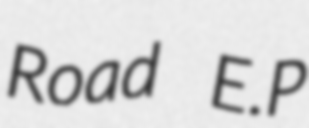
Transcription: Road E.P